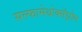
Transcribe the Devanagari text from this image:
सल्फामेथोक्सॅझोल